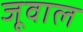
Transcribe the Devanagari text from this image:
जूवाल